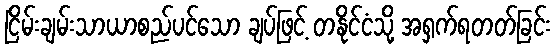
ငြိမ်းချမ်းသာယာစည်ပင်သော ချပ်ဖြင့် တနိုင်ငံသို့ အရှက်ရတတ်ခြင်း